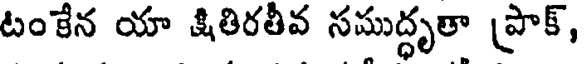
టంకేన యా క్షితిరతీవ సముద్ధృతా ప్రాక్,